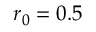
{ r _ { 0 } } = 0 . 5